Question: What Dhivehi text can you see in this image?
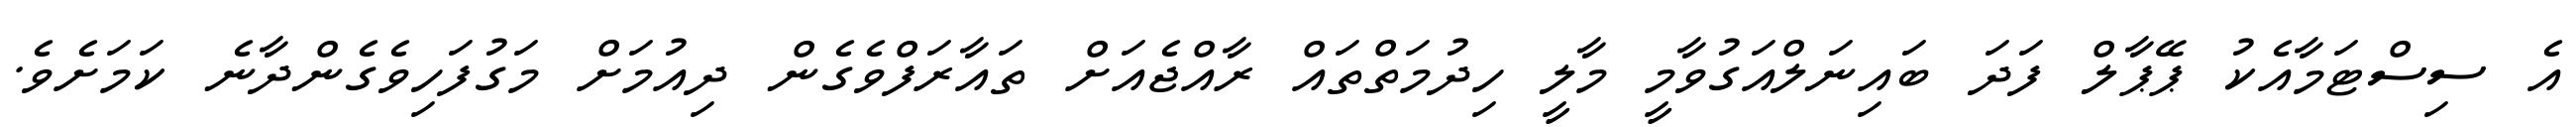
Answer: އެ ސިސްޓަމާއެކު ޕޭޕާލް ފަދަ ބައިނަލްއަގުވާމީ މާލީ ހިދުމަތްތައް ރާއްޖެއަށް ތައާރަފްވެގެން ދިއުމަށް މަގުފަހިވެގެންދާނެ ކަމަށެވެ.